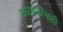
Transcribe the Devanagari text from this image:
चळवळींचाही